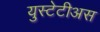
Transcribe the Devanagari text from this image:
युस्टेटीअस